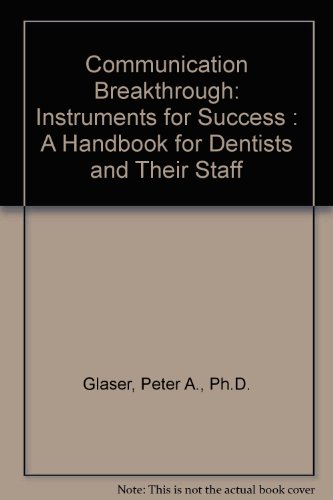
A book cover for Communication Breakthrough: Instruments for Success : A Handbook for Dentists and Their Staff; Peter A., Ph.D. Glaser; Medical Books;